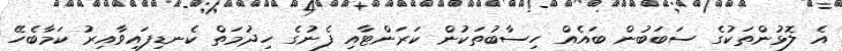
އެ ލޮޅުންތަކުގެ ސަބަބުން ބައެއް ހިސާބުތަކުން ކަރަންޓާއި ފެނުގެ ހިދުމަތް ކެނޑިފައިވާއިރު ކަމާބެހޭ